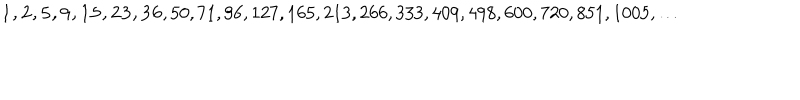
LaTeX: { \bf 1 , 2 , 5 , 9 , 1 5 , 2 3 , 3 6 } , 5 0 , 7 1 , 9 6 , 1 2 7 , 1 6 5 , 2 1 3 , 2 6 6 , 3 3 3 , 4 0 9 , 4 9 8 , 6 0 0 , 7 2 0 , 8 5 1 , 1 0 0 5 , \ldots